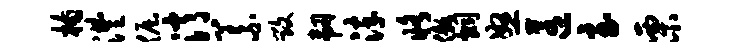
楠澧倔消义毁韧淬修傲炯怒匿至栗